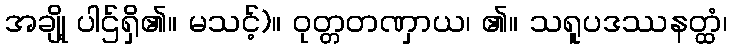
အချို့ ပါဌ်ရှိ၏။ မသင့်)။ ဝုတ္တတဏှာယ၊ ၏။ သရူပဒဿနတ္ထံ၊